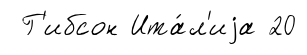
Г'ибсон Ита́л'иjа 20